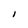
Character: l